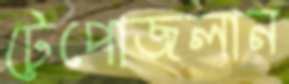
টেপোজলান